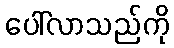
ပေါ်လာသည်ကို